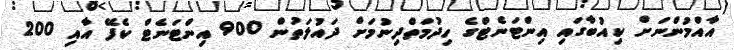
އާއްމުންނަށް ކިއުބާގައި އިންޓަނެޓްގެ ހިދުމަތްދިނުމަށް ދައުލަތުން 900 އިންޓަނެޓް ކެފޭ އާއި 200